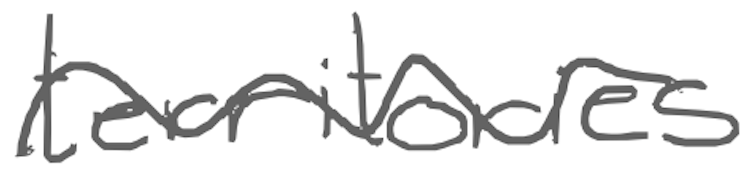
Text: territories
Cross-out: wave
Writing tool: digital_gray